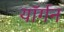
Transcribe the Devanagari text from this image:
यॉर्गन